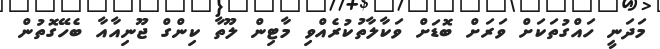
މަދަނީ ހައްގުތަކަށް ވަރަށް ބޮޑަށް ވަކާލާތުކުރެއްވި މާޓިން ލޫތާ ކިންގް ޖޫނިއާއާ ބެހޭގޮތުން